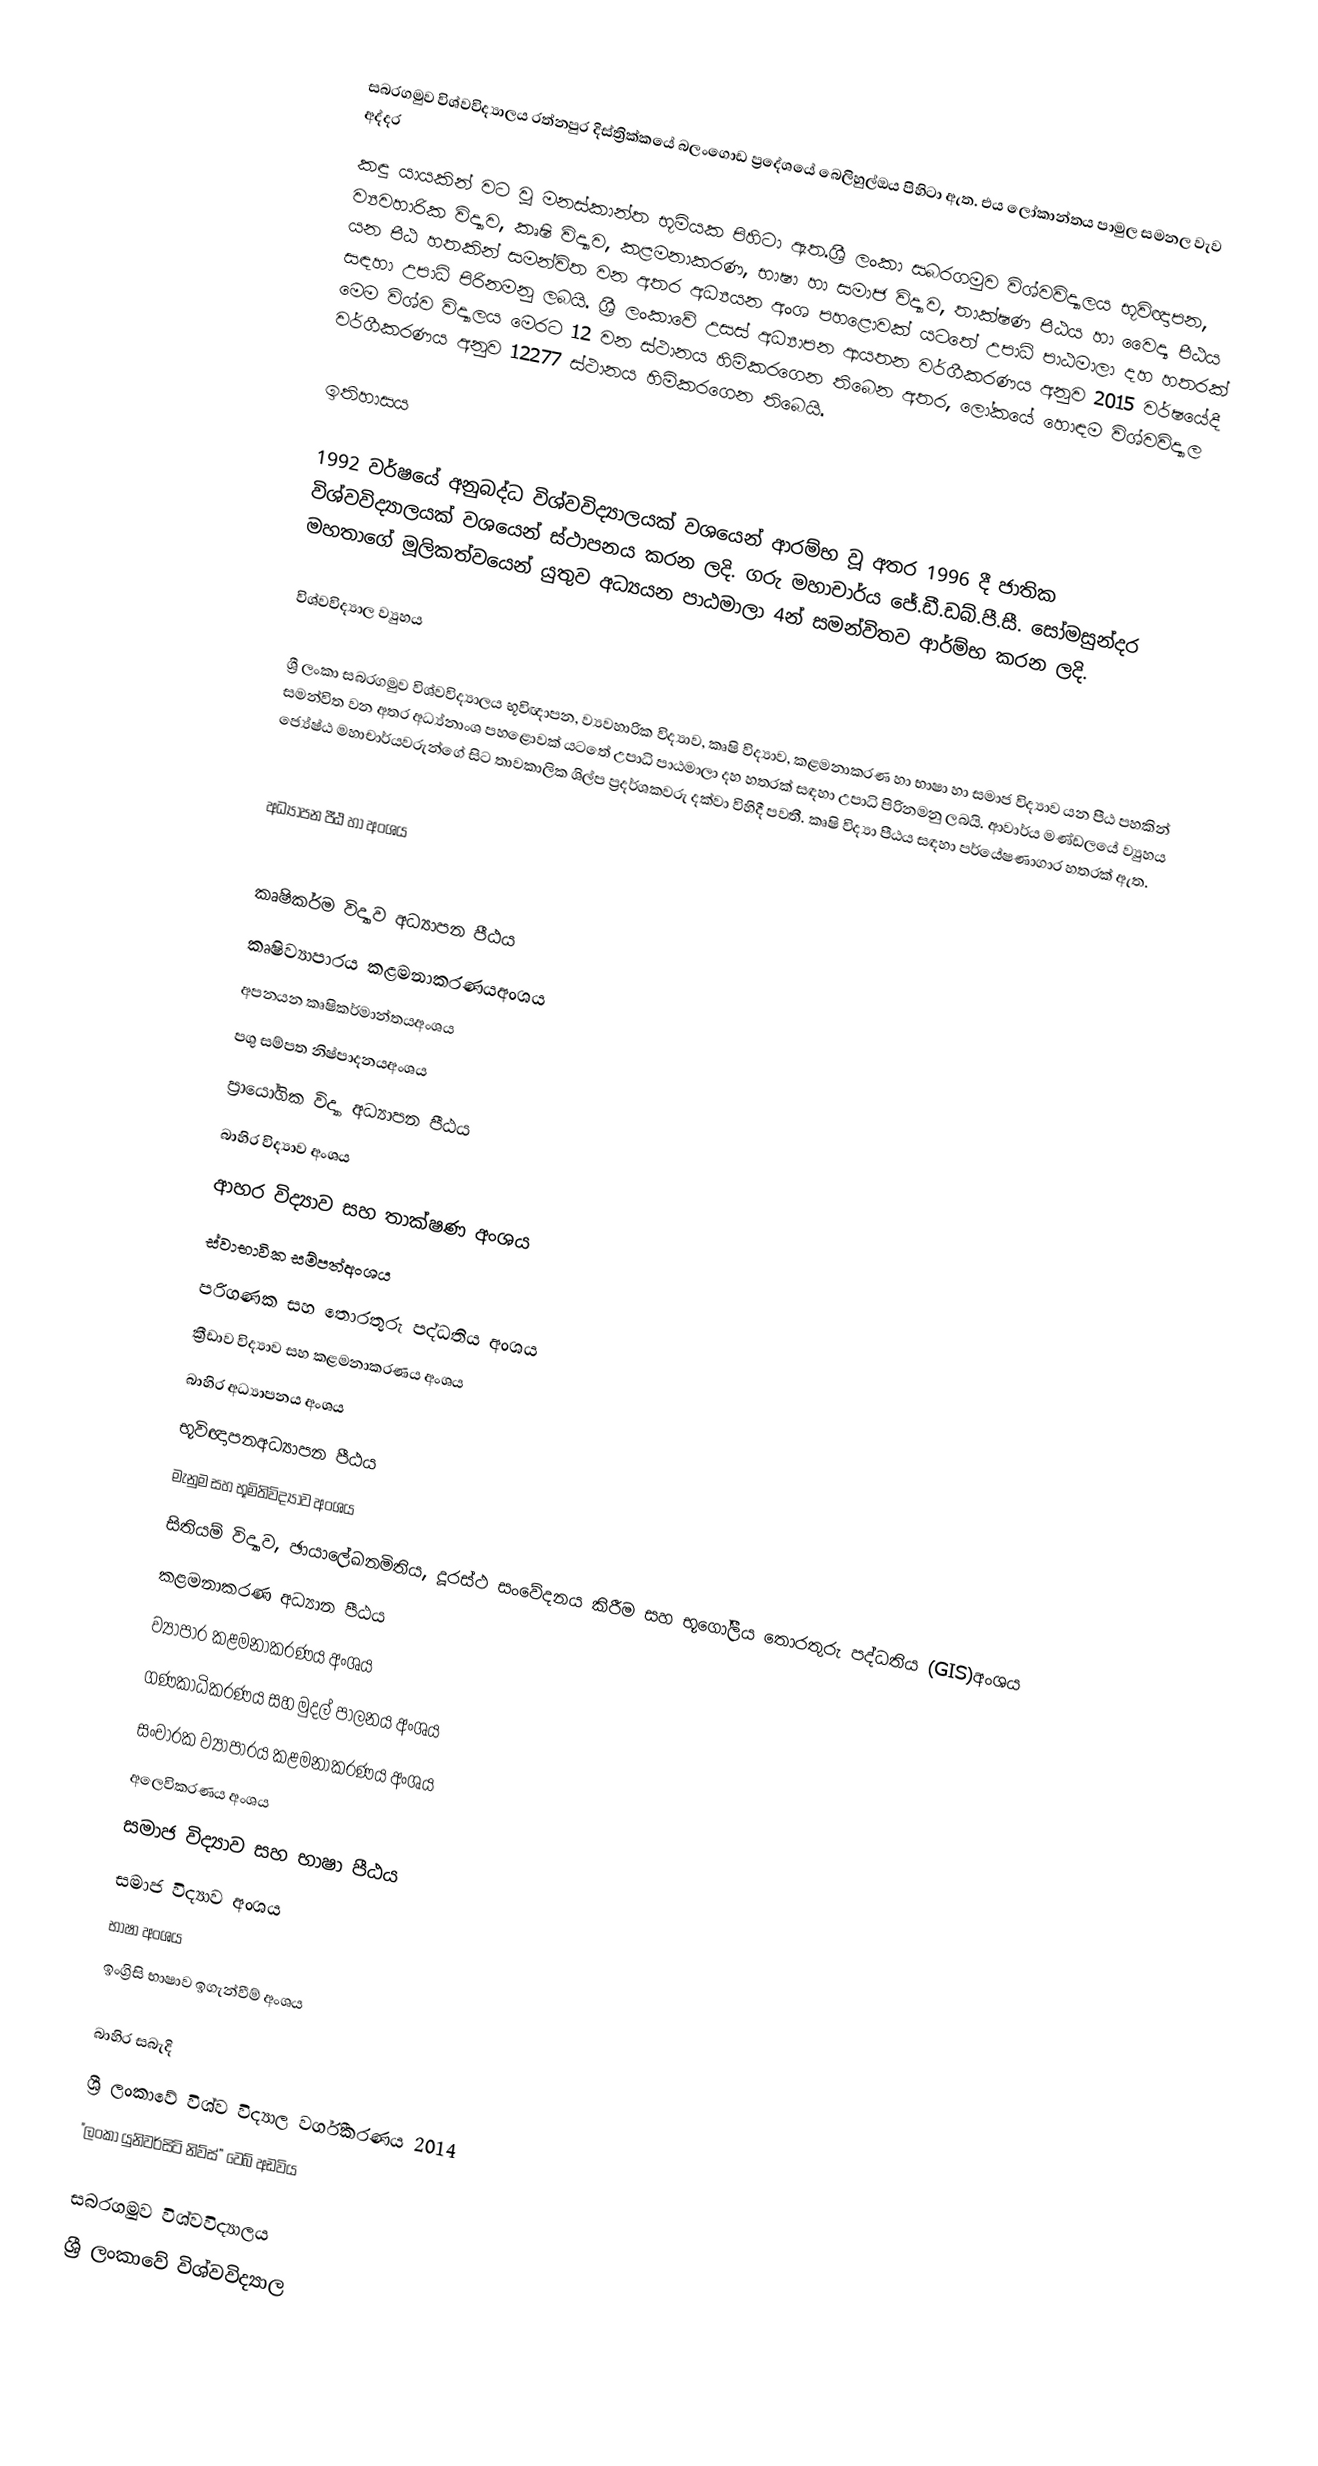
සබරගමුව විශ්වවිද්‍යාලය රත්නපුර දිස්ත්‍රික්කයේ බලංගොඩ ප්‍රදේශයේ බෙලිහුල්ඔය පිහිටා ඇත. එය ලෝකාන්තය පාමුල සමනල වැව අද්දර
කඳු යායකින් වට වූ මනස්කාන්ත භූමියක පිහිටා ඇත.ශ්‍රී ලංකා සබරගමුව විශ්වවිද්‍යාලය භූවිඥාපන, ව්‍යවහාරික විද්‍යාව, කෘෂි විද්‍යාව, කළමනාකරණ, භාෂා හා සමාජ විද්‍යාව, තාක්ෂණ පීඨය හා වෛද්‍ය පීඨය යන පීඨ හතකින් සමන්විත වන අතර අධ්‍යයන අංශ පහළොවක් යටතේ උපාධි පාඨමාලා දහ හතරක් සඳහා උපාධි පිරිනමනු ලබයි. ශ්‍රී ලංකාවේ උසස් අධ්‍යාපන ආයතන වර්ගීකරණය අනුව 2015 වර්ෂයේදී මෙම විශ්ව විද්‍යාලය මෙරට 12 වන ස්ථානය හිමිකරගෙන තිබෙන අතර, ලෝකයේ හොඳම විශ්වවිද්‍යාල වර්ගීකරණය අනුව 12277 ස්‌ථානය හිමිකරගෙන තිබෙයි.

ඉතිහාසය

1992 වර්ෂයේ අනුබද්ධ විශ්වවිද්‍යාලයක් වශයෙන් ආරම්භ වූ අතර 1996 දී ජාතික විශ්වවිද්‍යාලයක් වශයෙන් ස්ථාපනය කරන ලදි. ගරු මහාචාර්ය ජේ.ඩී.ඩබ්.පී.සී. සෝමසුන්දර මහතාගේ මූලිකත්වයෙන් යුතුව අධ්‍යයන පාඨමාලා 4න් සමන්විතව ආර්ම්භ කරන ලදි.

විශ්වවිද්‍යාල ව්‍යුහය

ශ්‍රී ලංකා සබරගමුව විශ්වවිද්‍යාලය භූවිඥාපන, ව්‍යවහාරික විද්‍යාව, කෘෂි විද්‍යාව, කළමනාකරණ හා භාෂා හා සමාජ විද්‍යාව යන පීඨ පහකින් සමන්විත වන අතර අධ්‍ය්නාංශ පහළොවක් යටතේ උපාධි පාඨමාලා දහ හතරක් සඳහා උපාධි පිරිනමනු ලබයි. ආවාර්ය මණ්ඩලයේ ව්‍යුහය ජ්‍යේෂ්ඨ මහාචාර්යවරුන්ගේ සිට තාවකාලික ශිල්ප ප්‍රදර්ශකවරු දක්වා විහිදී පවතී. කෘෂි විද්‍යා පීඨය සඳහා පර්යේෂණාගාර හතරක් ඇත.

අධ්‍යාපන පීඨ හා අංශය

 කෘෂිකර්ම විද්‍යාව අධ්‍යාපන පීඨය
 කෘෂිව්‍යාපාරය කළමනාකරණයඅංශය
 අපනයන කෘෂිකර්මාන්තයඅංශය
 පශු සම්පත නිෂ්පාදනයඅංශය
 ප්‍රායෝගික විද්‍යා අධ්‍යාපන පීඨය
 බාහිර විද්‍යාව අංශය
 ආහර විද්‍යාව සහ තාක්ෂණ අංශය
 ස්වාභාවික සම්පත්අංශය
 පරිගණක සහ තොරතුරු පද්ධතිය අංශය
 ක්‍රීඩාව විද්‍යාව සහ කළමනාකරණය අංශය
 බාහිර අධ්‍යාපනය අංශය
 භූවිඥාපනඅධ්‍යාපන පීඨය
 මැනුම සහ භූමිතිවිද්‍යාව අංශය
 සිතියම් විද්‍යාව, ඡායාලේඛනමිතිය, දූරස්ථ සංවේදනය කිරීම සහ භූගෝලීය තොරතුරු පද්ධතිය (GIS)අංශය
 කළමනාකරණ අධ්‍යාන පීඨය
 ව්‍යාපාර කළමනාකරණය අංශය
 ගණකාධිකරණය සහ මුදල් පාලනය අංශය
 සංචාරක ව්‍යාපාරය කළමනාකරණය අංශය
 අලෙවිකරණය අංශය
 සමාජ විද්‍යාව සහ භාෂා පීඨය
 සමාජ විද්‍යාව අංශය
 භාෂා අංශය
 ඉංග්‍රිසි භාෂාව ඉගැන්වීම් අංශය

බාහිර සබැදි
 ශ්‍රී ලංකාවේ විශ්ව විද්‍යාල වර්ගීකරණය 2014
 "ලංකා යුනිවර්සිටි නිව්ස්” වෙබ් අඩවිය

සබරගමුව විශ්වවිද්‍යාලය
ශ්‍රී ලංකාවේ විශ්වවිද්‍යාල